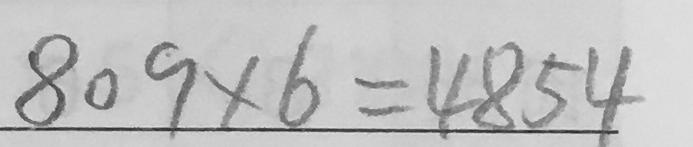
8 0 9 \times 6 = 4 8 5 4